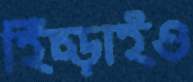
হিঁচ্‌ড়াইও